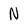
Character: N